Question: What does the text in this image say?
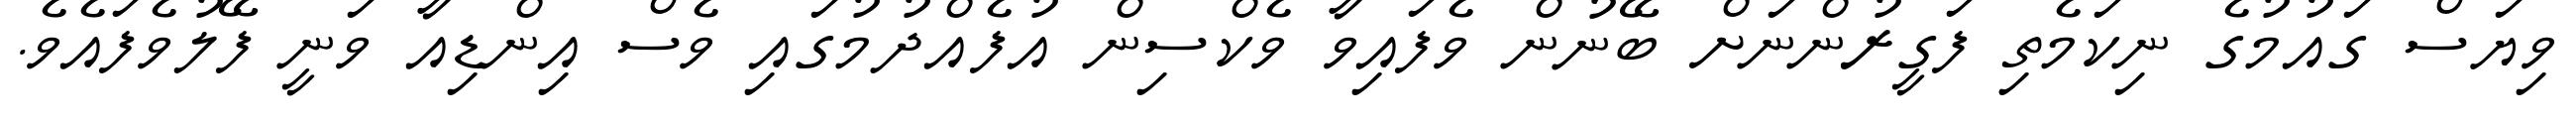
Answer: ވިޔަސް ގައުމުގެ ނިކަމެތި ފަގީރުންނަށް ބޭނުން ވެފައިވާ ވެކްސިން އުފެއްދުމުގައި ވެސް އިންޑިއާ ވަނީ ފޭލުވެފައެވެ.